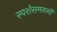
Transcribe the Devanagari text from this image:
स्पर्शसमतलों